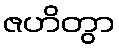
ဇဟိတွာ